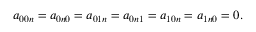
a _ { 0 0 n } = a _ { 0 n 0 } = a _ { 0 1 n } = a _ { 0 n 1 } = a _ { 1 0 n } = a _ { 1 n 0 } = 0 .